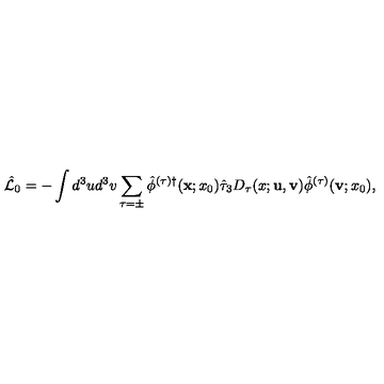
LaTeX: \hat { \cal L } _ { 0 } = - \int d ^ { 3 } u d ^ { 3 } v \sum _ { \tau = \pm } \hat { \phi } ^ { ( \tau ) \dagger } ( { \bf x } ; x _ { 0 } ) \hat { \tau } _ { 3 } D _ { \tau } ( x ; { \bf u } , { \bf v } ) \hat { \phi } ^ { ( \tau ) } ( { \bf v } ; x _ { 0 } ) ,